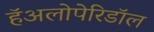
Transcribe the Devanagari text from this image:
हॅअलोपेरिडॉल